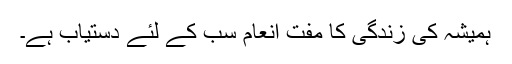
ہمیشہ کی زندگی کا مفت انعام سب کے لئے دستیاب ہے۔